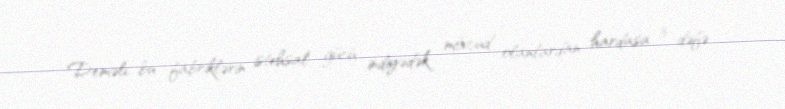
Deməli, bu fabriklərin istehsal gücü indiyədək mövcud olanlardan hardasa 3 dəfə